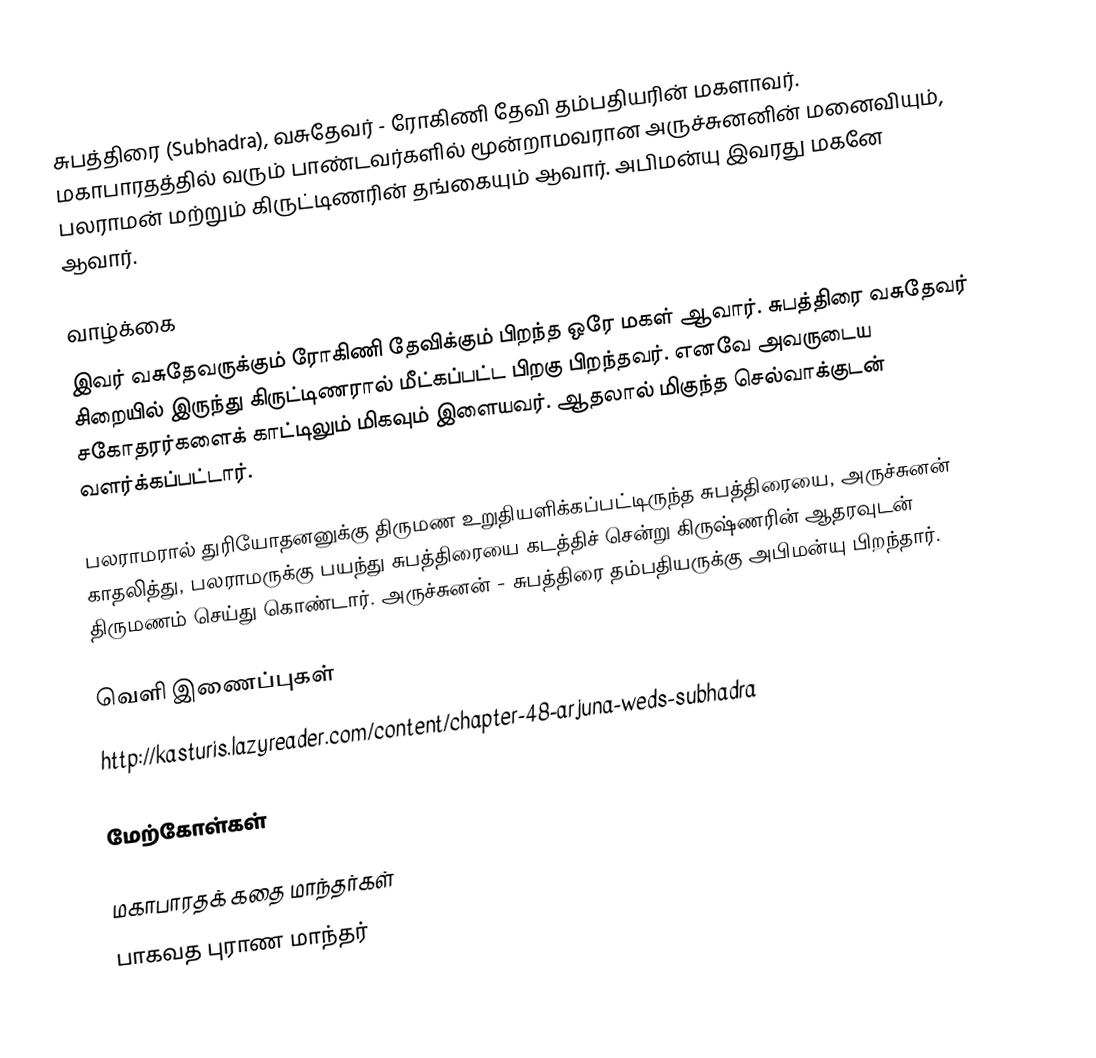
சுபத்திரை (Subhadra), வசுதேவர் - ரோகிணி தேவி தம்பதியரின் மகளாவர். மகாபாரதத்தில் வரும் பாண்டவர்களில் மூன்றாமவரான அருச்சுனனின் மனைவியும், பலராமன் மற்றும் கிருட்டிணரின் தங்கையும் ஆவார். அபிமன்யு இவரது மகனே ஆவார்.

வாழ்க்கை
இவர் வசுதேவருக்கும் ரோகிணி தேவிக்கும் பிறந்த ஒரே மகள் ஆவார். சுபத்திரை வசுதேவர் சிறையில் இருந்து கிருட்டிணரால் மீட்கப்பட்ட பிறகு பிறந்தவர். எனவே அவருடைய சகோதரர்களைக் காட்டிலும் மிகவும் இளையவர். ஆதலால் மிகுந்த செல்வாக்குடன் வளர்க்கப்பட்டார்.

பலராமரால் துரியோதனனுக்கு திருமண உறுதியளிக்கப்பட்டிருந்த சுபத்திரையை, அருச்சுனன் காதலித்து, பலராமருக்கு பயந்து சுபத்திரையை கடத்திச் சென்று கிருஷ்ணரின் ஆதரவுடன் திருமணம் செய்து கொண்டார். அருச்சுனன் - சுபத்திரை தம்பதியருக்கு  அபிமன்யு பிறந்தார்.

வெளி இணைப்புகள்
 http://kasturis.lazyreader.com/content/chapter-48-arjuna-weds-subhadra

மேற்கோள்கள்

மகாபாரதக் கதை மாந்தர்கள்
பாகவத புராண மாந்தர்